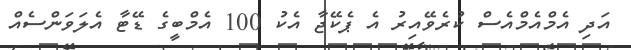
އަދި އެމްއެމްއެސް ކުރެވޭއިރު އެ ޕެކޭޖާ އެކު 100 އެމްބީގެ ޑޭޓާ އެލަވަންސެއް